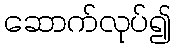
ဆောက်လုပ်၍